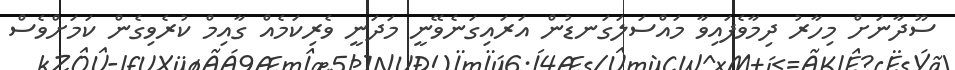
ސޫދާނަށް މިހާރު ދިމާވެފައިވާ މައްސަލަގަނޑުން އަރައިގަނެވޭނީ މަދަނީ ވެރިކަމެއް ގާއިމް ކުރެވިގެން ކަމަށްވެސް